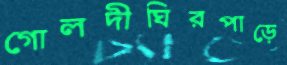
গোলদীঘিরপাড়ে